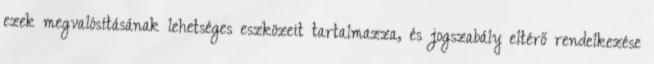
ezek megvalósításának lehetséges eszközeit tartalmazza, és jogszabály eltérő rendelkezése